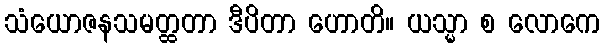
သံယောဇနသမတ္ထတာ ဒီပိတာ ဟောတိ။ ယသ္မာ စ လောကေ